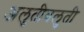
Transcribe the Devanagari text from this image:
अलुतीबलुती